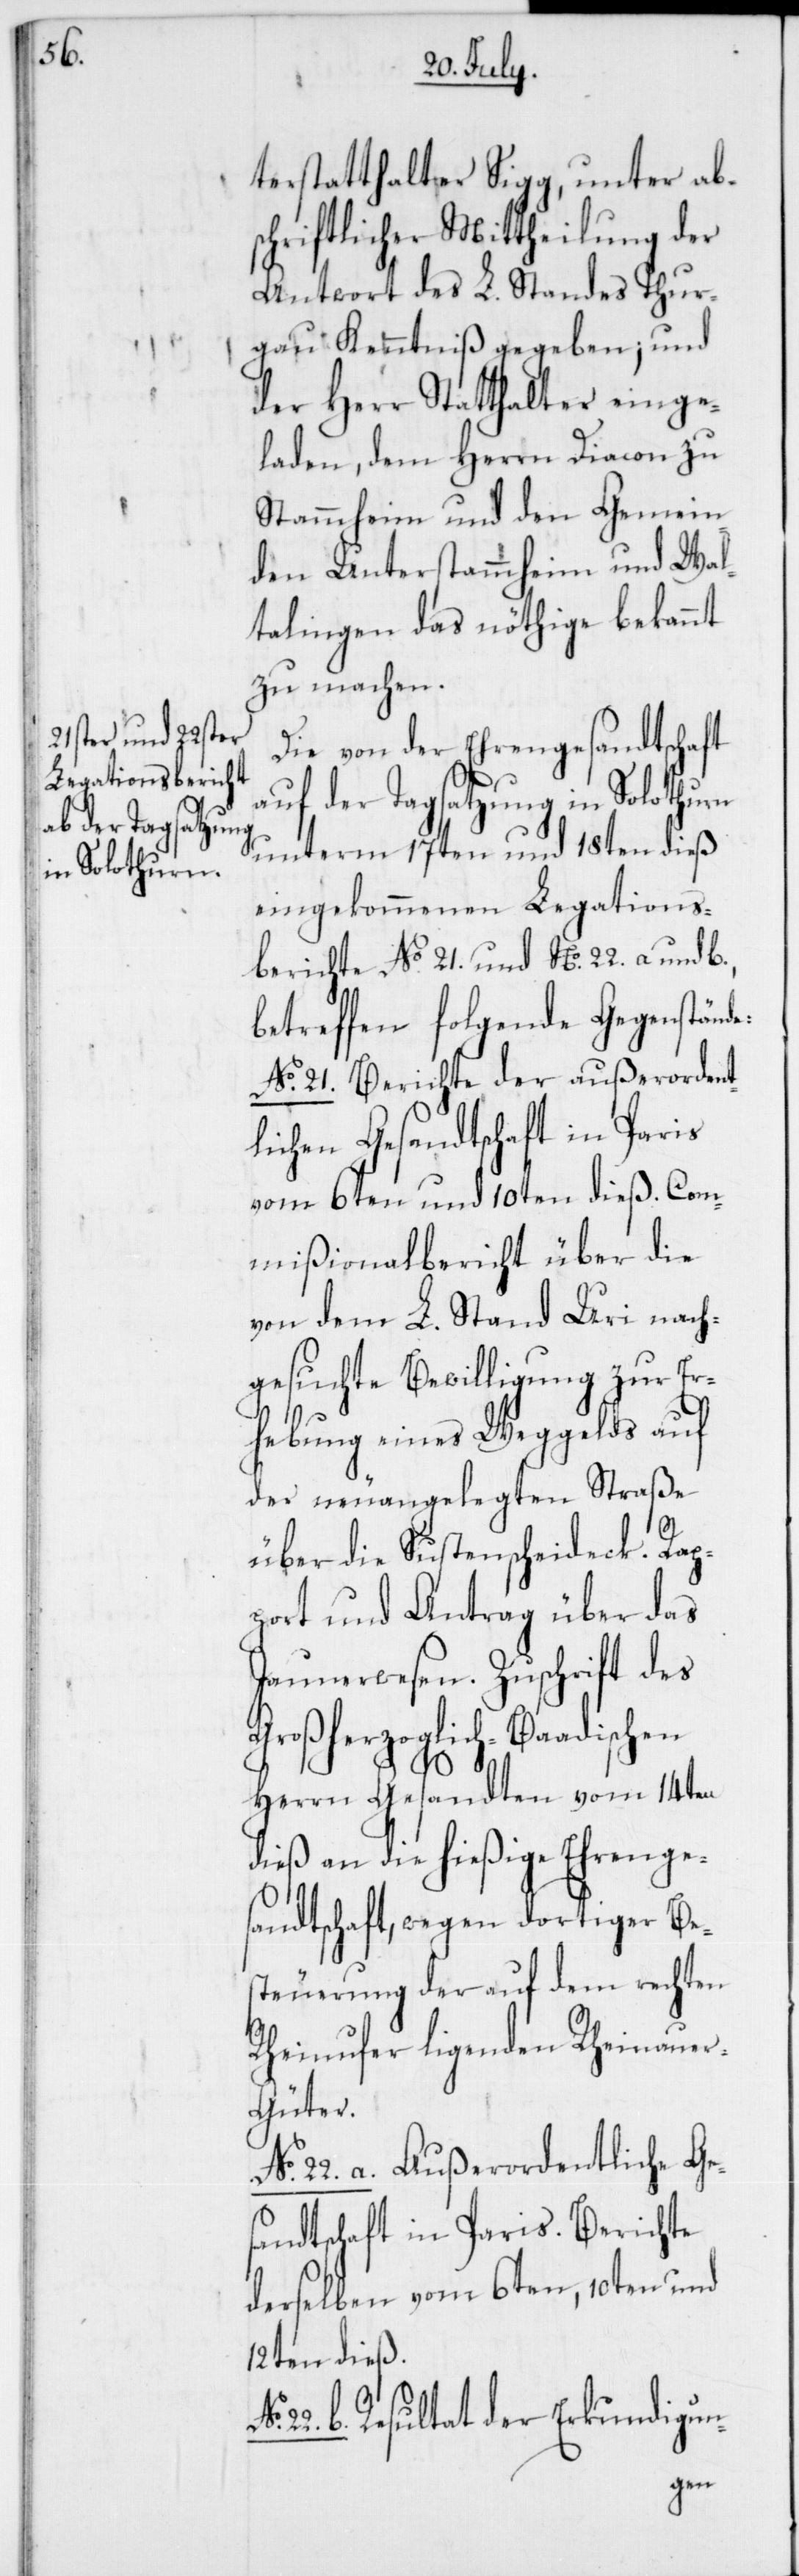
terstatthalter Sigg, unter ab¬
schriftlicher Mittheilung der
Antwort des L. Standes Thur¬
gau Kenntniß gegeben; und
der Herr Statthalter einge¬
laden, dem Herrn Diacon zu
Stammheim und den Gemein¬
den Unterstammheim und Wal¬
talingen das nöthige bekannt
zu machen.
Die von der Ehrengesandtschaft
auf der Tagsatzung in Solothurn
unterm 17ten und 18ten dieß
eingekommenen Legations¬
berichte No. 21 und No. 22 a und b.,
betreffen folgende Gegenstände:
No. 21. Berichte der außerordent¬
lichen Gesandtschaft in Paris
vom 6ten und 10ten dieß. Com¬
mißionalbericht über die
von dem L. Stand Uri nach¬
gesuchte Bewilligung zur Er¬
hebung eines Weggelds auf
der neuangelegten Straße
über die Sustenscheideck. Rap¬
port und Antrag über das
Jaunerwesen. Zuschrift des
Großherzoglich-Baadischen
No.
Herrn Gesandten vom 14ten
dieß an die hießige Ehrenge¬
sandtschaft, wegen dortiger Bes¬
teuerung der auf dem rechten
Rheinufer ligenden Rheinaue¬
r-Güter.
No. 22. a. Außerordentliche Ge¬
sandtschaft in Paris. Berichte
derselben vom 6ten, 10ten und
12ten dieß.
22.b. Resultat der Erkundigun-